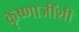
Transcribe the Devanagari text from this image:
कृष्णाजींशी